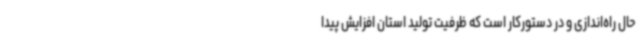
حال راه‌اندازی و در دستورکار است که ظرفیت تولید استان افزایش پیدا